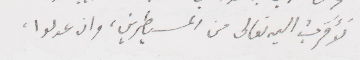
لأقرب اليه تعالى من المسيطرين وان عدلوا،